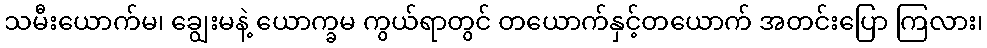
သမီးယောက်မ၊ ချွေးမနဲ့ ယောက္ခမ ကွယ်ရာတွင် တယောက်နှင့်တယောက် အတင်းပြော ကြလား၊